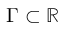
\Gamma \subset \mathbb { R }